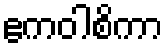
ဧကဝါစိကာ